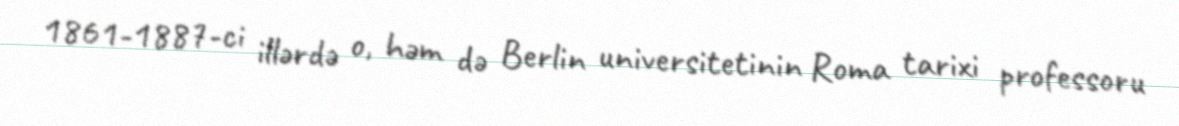
1861-1887-ci illərdə o, həm də Berlin universitetinin Roma tarixi professoru